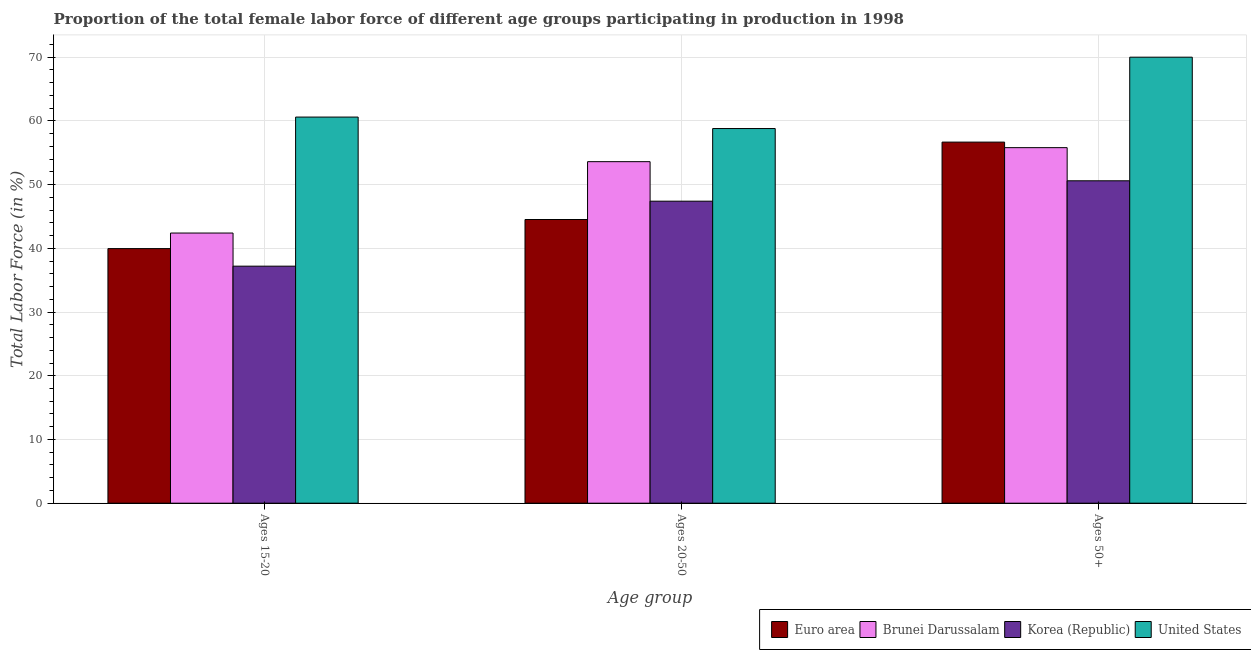
| Age group | Euro area | Brunei Darussalam | Korea (Republic) | United States |
 | --- | --- | --- | --- | --- |
 | Ages 15-20 | 40 | 42.4 | 37.2 | 60.6 |
 | Ages 20-50 | 44.5 | 53.6 | 47.4 | 58.8 |
 | Ages 50+ | 56.7 | 55.8 | 50.6 | 70 |